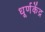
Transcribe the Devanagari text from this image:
धूर्णकेंद्र